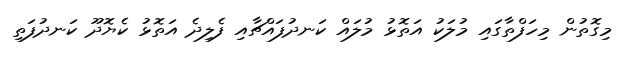
މިގޮތުން މިހަފްތާގައި މުލަކު އަތޮޅު މުލައް ކަނދުފައްޗާއި ފެލިދެ އަތޮޅު ކެޔޮދޫ ކަނދުފަތި